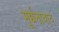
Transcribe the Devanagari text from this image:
मूर्छनावाद